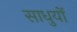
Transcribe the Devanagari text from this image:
साधुयों